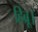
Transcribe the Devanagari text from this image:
हिब्रू।